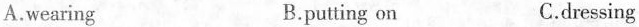
A.wearing B.putting on C.dressing